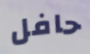
حافل